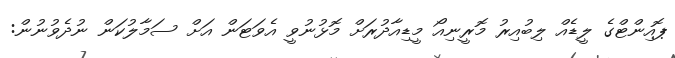
ޕޮއިންޓްގެ ލީޑެއް ލިބުއިރު މޮރީނިއޯ މީޑިއާދުރަށް މޮޅުނުވީ އެވަޓަން އަށް ސަމާލުކަން ނުދެވުނުން: